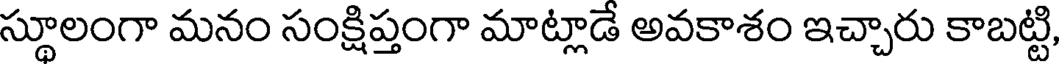
స్థూలంగా మనం సంక్షిప్తంగా మాట్లాడే అవకాశం ఇచ్చారు కాబట్టి